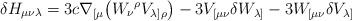
LaTeX: \begin{align*}\delta H_{\mu\nu\lambda} = 3c \nabla_{[\mu} \bigl(W_{\nu}{}^{\rho}V_{\lambda]\rho} \bigr) - 3 V_{[\mu\nu} \delta W_{\lambda]} -3 W_{[\mu\nu} \delta V_{\lambda]}\end{align*}